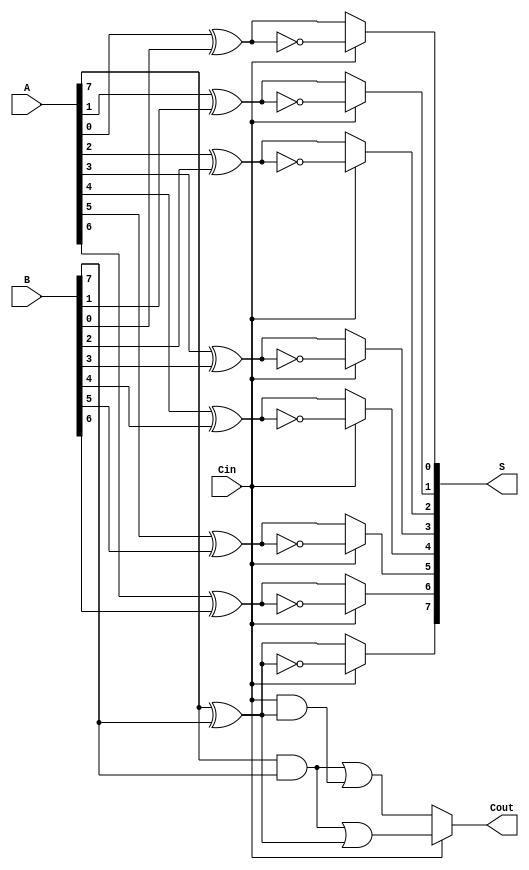
module ConditionalSumAdder #(parameter N = 8) (
    input  wire [N-1:0] A,      // First n-bit input
    input  wire [N-1:0] B,      // Second n-bit input
    input  wire          Cin,    // Carry-in signal
    output wire [N-1:0] S,       // n-bit sum output
    output wire          Cout      // Carry-out signal
);

    wire [N-1:0] S0; // Sum assuming carry-in is 0
    wire [N-1:0] S1; // Sum assuming carry-in is 1
    wire [N-1:0] C0; // Carry-out assuming carry-in is 0
    wire [N-1:0] C1; // Carry-out assuming carry-in is 1
    wire [N-1:0] selected_sum; // Selected sum based on carry propagation

    // Compute sums for both carry-in scenarios
    genvar i;
    generate
        for (i = 0; i < N; i = i + 1) begin : CSA_bits
            // Sums assuming carry-in = 0 and carry-in = 1
            assign S0[i] = A[i] ^ B[i] ^ 0; // A[i] + B[i] + 0
            assign S1[i] = A[i] ^ B[i] ^ 1; // A[i] + B[i] + 1
            
            // Carry-outs assuming carry-in = 0 and carry-in = 1
            assign C0[i] = (A[i] & B[i]) | (Cin & (A[i] ^ B[i])); // For carry-in 0
            assign C1[i] = (A[i] & B[i]) | (1 & (A[i] ^ B[i])); // For carry-in 1
        end
    endgenerate

    // Determine sum based on carry propagation
    generate
        for (i = 0; i < N; i = i + 1) begin : Select_Sum
            assign selected_sum[i] = (Cin) ? S1[i] : S0[i];
        end
    endgenerate

    // Assign output sum and carry-out signal
    assign S = selected_sum;
    assign Cout = (Cin) ? C1[N-1] : C0[N-1]; // Final carry-out from last bit
endmodule